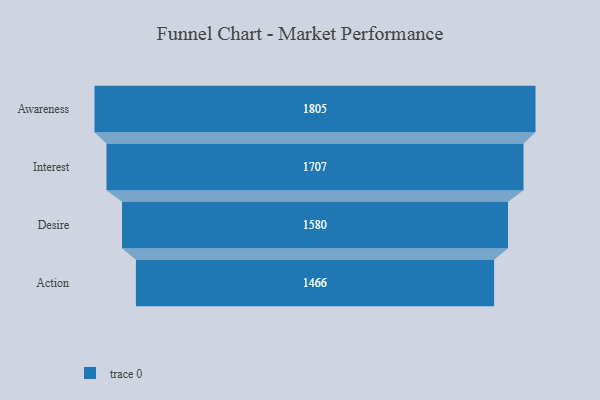
{"axis": {"x": "Stage", "y": "Value"}, "legend": [""], "data": [{"x": "Awareness", "y": 1805.0, "type": ""}, {"x": "Interest", "y": 1707.0, "type": ""}, {"x": "Desire", "y": 1580.0, "type": ""}, {"x": "Action", "y": 1466.0, "type": ""}]}